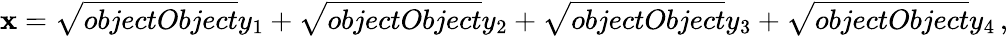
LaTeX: \mathbf{x}={\sqrt{{{objectObject}}}{{y_{1}}}}+{\sqrt{{{objectObject}}}{{y_{2}}}}+{\sqrt{{{objectObject}}}{{y_{3}}}}+{\sqrt{{{objectObject}}}{{y_{4}}}}\, ,